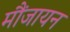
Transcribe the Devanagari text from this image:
मौंजायन